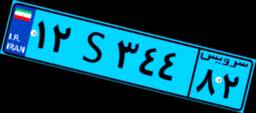
۱۲S۳۴۴۸۲